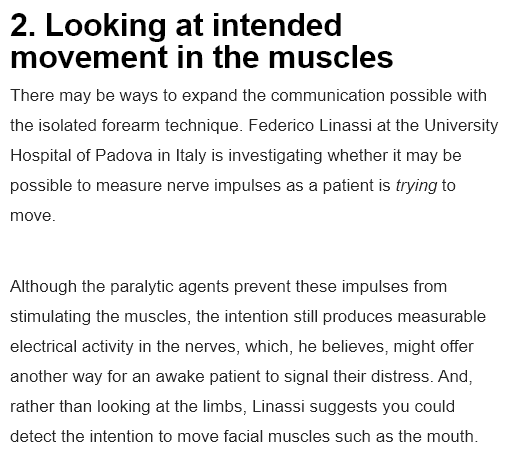
2.  Looking    at   intended
  movement    in    the    muscles
  There may be ways to expand the communication possible with
  the isolated forearm technique. Federico Linassi at the University
  Hospital of Padova in Italy is investigating whether it may be
  possible to measure nerve impulses as
  a
     patient is trying to
  move
  Although the paralytic agents prevent these impulses from
  stimulating the muscles, the intention still produces measurable
  electrical activity in the nerves, which, he believes, might offer
  another way for an awake patient to signal their distress. And,
  rather than looking at the limbs, Linassi suggests you could
  detect the intention to move facial muscles such as the mouth.